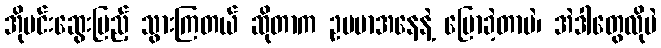
အိုမင်းဆွေးမြည့် သွားကြတယ် ဆိုတာက ဥပမာအနေနဲ့ ပြောခဲ့တာပဲ၊ အဲဒါတွေလိုပဲ